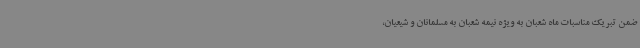
ضمن تبریک مناسبات ماه شعبان به ویژه نیمه شعبان به مسلمانان و شیعیان،